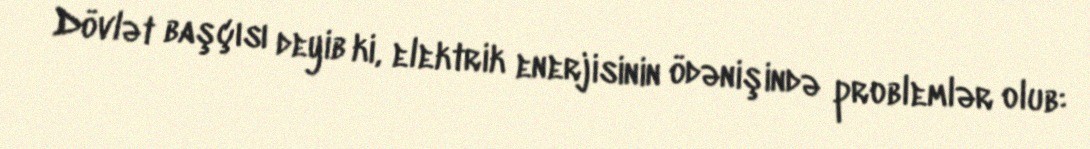
Dövlət başçısı deyib ki, elektrik enerjisinin ödənişində problemlər olub: